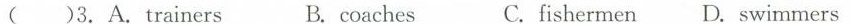
( )3.A. trainers B.coaches C.fishermen D. swimmers